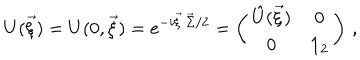
U ( \vec { \xi } ) = U ( 0 , \vec { \xi } ) = e ^ { - i \vec { \xi } \cdot \vec { \Sigma } / 2 } = \left( \begin{array} { c c } { { \hat { U } ( \vec { \xi } ) } } & { { 0 } } \\ { { 0 } } & { { { \bf 1 } _ { 2 } } } \\ \end{array} \right) \, ,